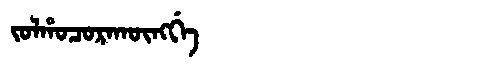
Manchu: ᠵᠣᠯᡥᠣᠴᠣᡵᠠᡴᡡᠩᡤᡝ
Romanization: JOLHOCORAKŪNGGE